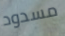
مسدود